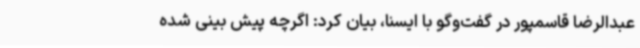
عبدالرضا قاسمپور در گفت‌وگو با ایسنا، بیان کرد: اگرچه پیش بینی شده